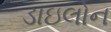
ડાઇલોન